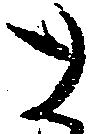
と